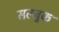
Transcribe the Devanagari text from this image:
सल्जुक